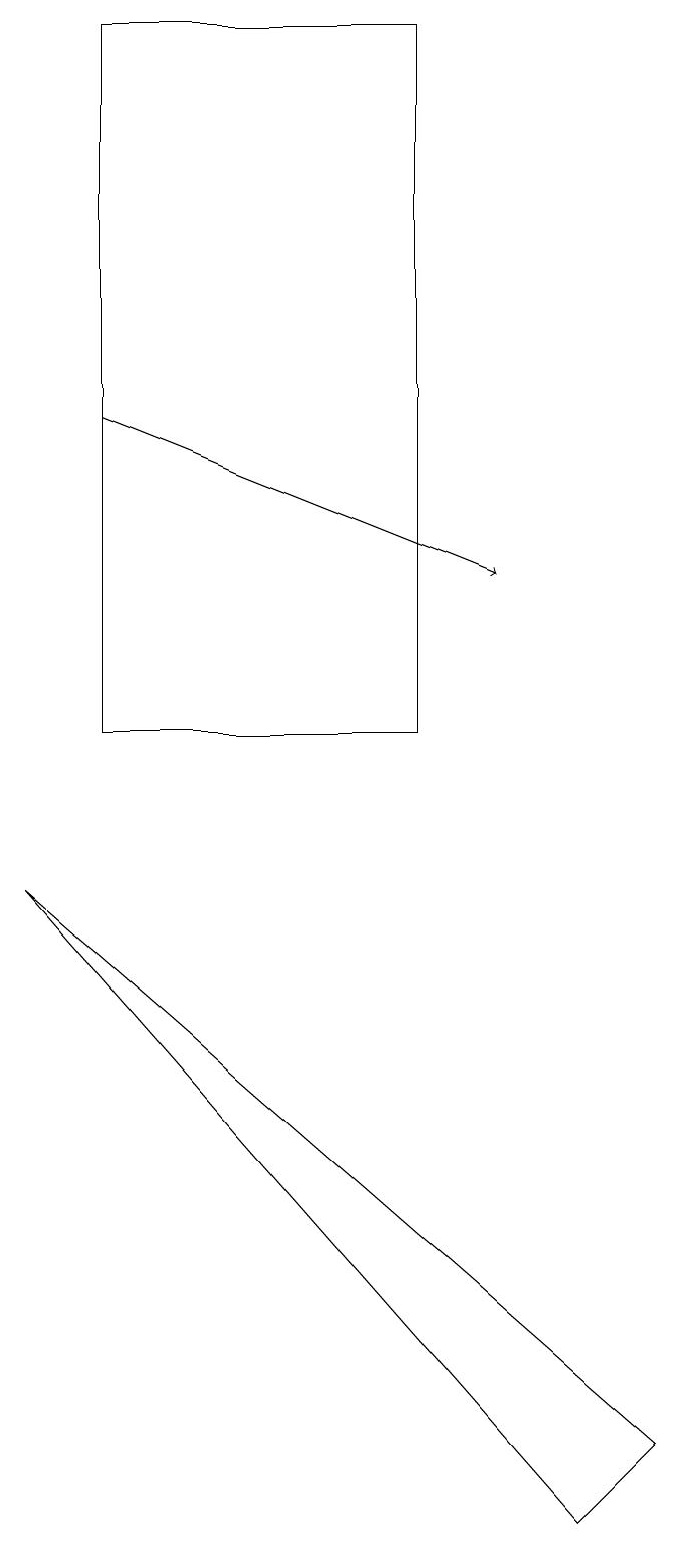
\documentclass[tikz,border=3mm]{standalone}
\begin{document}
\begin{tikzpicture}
\draw[->] (2,14) -- (7,12);
\draw (2,19) rectangle (6,10);
\draw (8,0) -- (9,1) -- (1,8) -- cycle;
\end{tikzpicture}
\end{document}